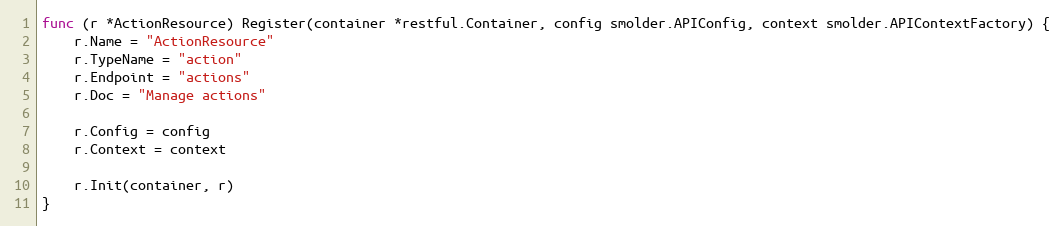
Language: Go
func (r *ActionResource) Register(container *restful.Container, config smolder.APIConfig, context smolder.APIContextFactory) {
	r.Name = "ActionResource"
	r.TypeName = "action"
	r.Endpoint = "actions"
	r.Doc = "Manage actions"

	r.Config = config
	r.Context = context

	r.Init(container, r)
}